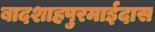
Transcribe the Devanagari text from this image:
बादशाहपुरमाईदास